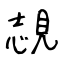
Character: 覟